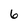
Character: 6